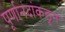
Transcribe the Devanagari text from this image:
पूर्णानंदांकडून